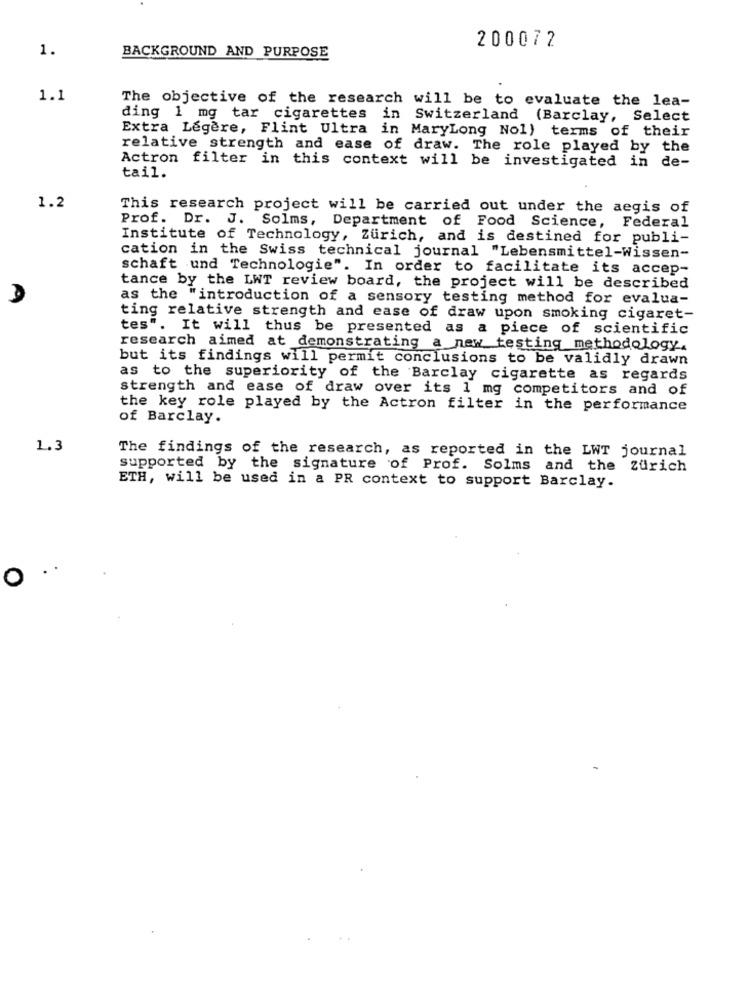
1.
200072
BACKGROUND AND PURPOSE
1.1
The objective of the research will be to evaluate the lea-
ding 1 mg tar cigarettes
in Switzerland (Barclay, Select
Extra Legere, Flint Ultra in MaryLong Nol) terms of their
relative strength and ease of draw. The role played by the
Actron filter in this context will be investigated in de-
tail.
1.2
This research project will be carried out under the aegis of
Prof. Dr. J. Solms, Department of Food Science, Federal
Institute of Technology, Zürich, and is destined for publi-
cation in the Swiss technical journal "Lebensmittel-Wissen-
schaft und Technologie". In order to facilitate its accep-
tance by the LWT review board, the project will be described
as the "introduction of a sensory testing method for evalua-
ting relative strength and ease of draw upon smoking cigaret-
tes". It will thus be presented as a piece of scientific
research aimed at demonstrating a new testing methodology.
but its findings will permit conclusions to be validly drawn
as to the superiority of the Barclay cigarette as regards
strength and ease of draw over its 1 mg competitors and of
the key role played by the Actron filter in the performance
of Barclay.
1.3
The findings of the research, as reported in the LWT journal
supported by the signature of Prof. Solms and the zurich
ETH, will be used in a PR context to support Barclay.
0